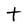
Character: t